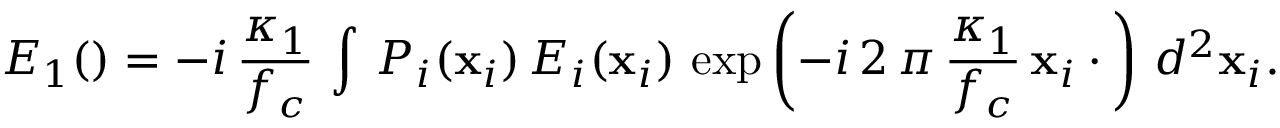
E _ { 1 } ( \v r ) = - i \, \frac { \kappa _ { 1 } } { f _ { c } } \, \int \, P _ { i } ( \mathbf { x } _ { i } ) \, E _ { i } ( \mathbf { x } _ { i } ) \, \exp \left( - i \, 2 \, \pi \, \frac { \kappa _ { 1 } } { f _ { c } } \, \mathbf { x } _ { i } \cdot \v r \right) \, d ^ { 2 } \mathbf { x } _ { i } .